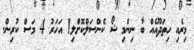
މިރެއި ހިތަދޫއެއް ބާ ނިންމި ޝޯ ކެންސަލްކޮށްލި1 އަހަރު 4 މަސް ކުރިން.